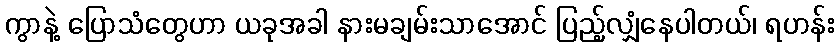
ကွာနဲ့ ပြောသံတွေဟာ ယခုအခါ နားမချမ်းသာအောင် ပြည့်လျှံနေပါတယ်၊ ရဟန်း